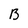
Character: B